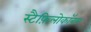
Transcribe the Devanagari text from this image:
स्टैफ़िलोकॉबस